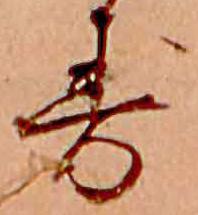
す